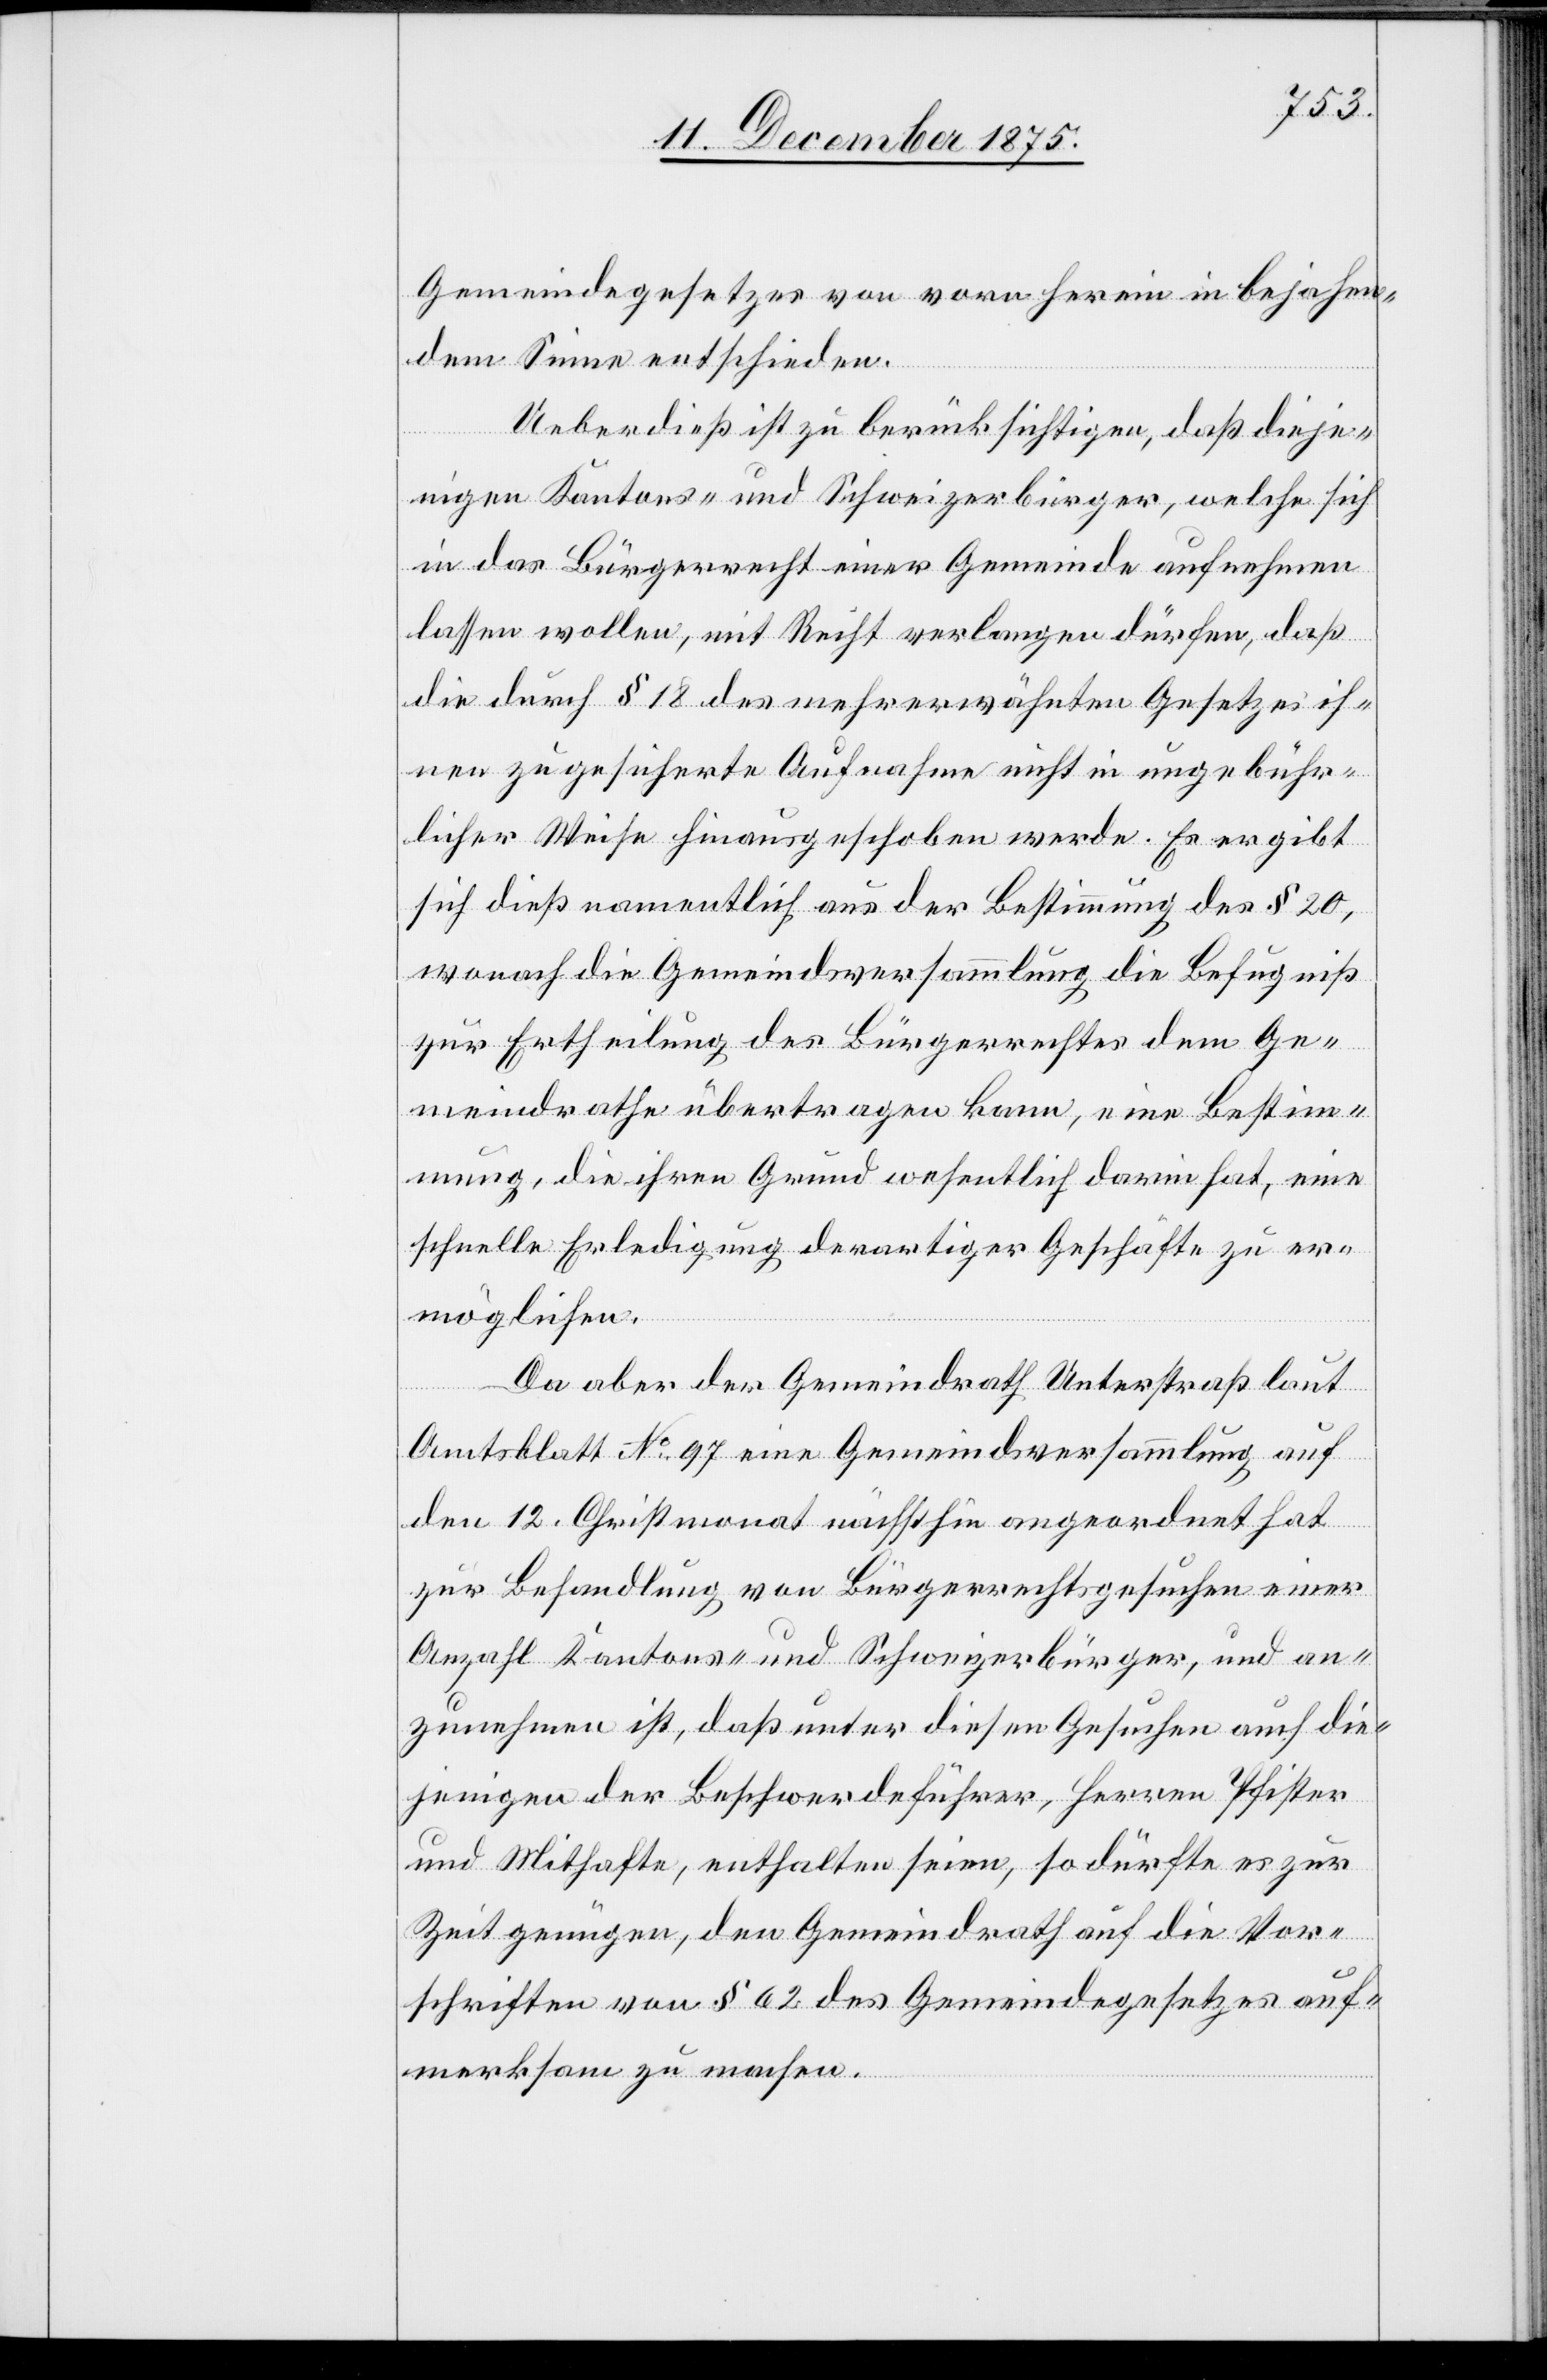
Gemeindegesetzes von vornherein in bejahen¬
dem Sinne entschieden.
Ueberdieß ist zu berücksichtigen, daß dieje¬
nigen Kantons- und Schweizerbürger, welche sich
in das Bürgerrecht einer Gemeinde aufnehmen
lassen wollen, mit Recht verlangen dürfen, daß
die durch § 18 des mehrerwähnten Gesetzes ih¬
nen zugesicherte Aufnahme nicht in ungebühr¬
licher Weise hinausgeschoben werde. Es ergibt
sich dieß namentlich aus der Bestimmung des § 20,
wonach die Gemeindsversammlung die Befugniß
zur Ertheilung des Bürgerrechtes dem Ge¬
meindrathe übertragen kann, eine Bestim¬
mung, die ihren Grund wesentlich darin hat, eine
schnelle Erledigung derartiger Geschäfte zu er¬
möglichen.
Da aber der Gemeindrath Unterstraß laut
Amtsblatt No 97 eine Gemeindsversammlung auf
den 12. Christmonat nächsthin angeordnet hat
zur Behandlung von Bürgerrechtsgesuchen einer
Anzahl Kantons- und Schweizerbürger, und an¬
zunehmen ist, daß unter diesen Gesuchen auch die¬
jenigen der Beschwerdeführer, Herren Pfister
und Mithafte, enthalten seien, so dürfte es zur
Zeit genügen, den Gemeindrath auf die Vor¬
schriften von § 62 des Gemeindegesetzes auf¬
merksam zu machen.